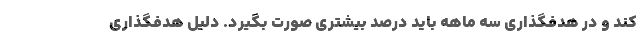
کند و در هدفگذاری سه ماهه باید درصد بیشتری صورت بگیرد. دلیل هدفگذاری